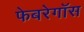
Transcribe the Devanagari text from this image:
फेबरेगॉस